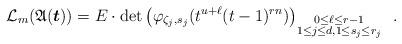
LaTeX: \begin{align*} {{\mathcal{L}}}_m({{\mathfrak{A}}}(\boldsymbol{t}))=E\cdot {\rm{det}}\left(\varphi_{\zeta_j,s_j}(t^{u+\ell}(t-1)^{rn})\right)_{\substack{0\le \ell \le r-1 \\ 1\le j \le d, 1\le s_j \le r_j}}\enspace.\end{align*}